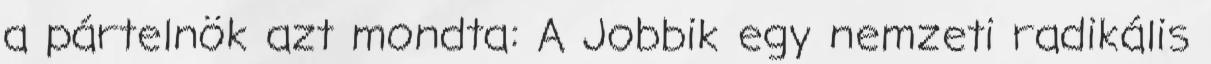
a pártelnök azt mondta: A Jobbik egy nemzeti radikális